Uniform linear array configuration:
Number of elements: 8
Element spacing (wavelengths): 0.5
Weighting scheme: exponential
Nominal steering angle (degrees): -30
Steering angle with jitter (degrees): -28.417
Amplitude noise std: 0.05
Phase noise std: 0.05

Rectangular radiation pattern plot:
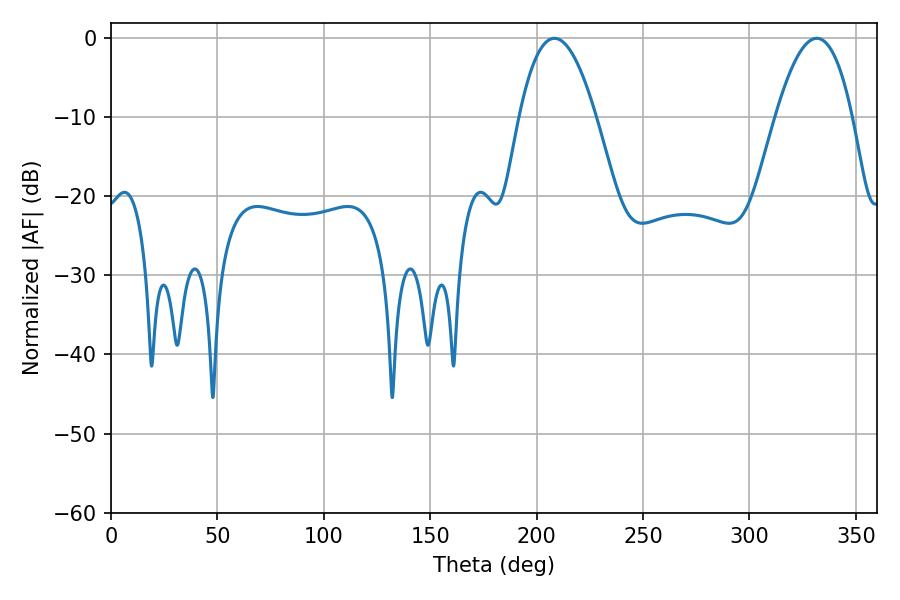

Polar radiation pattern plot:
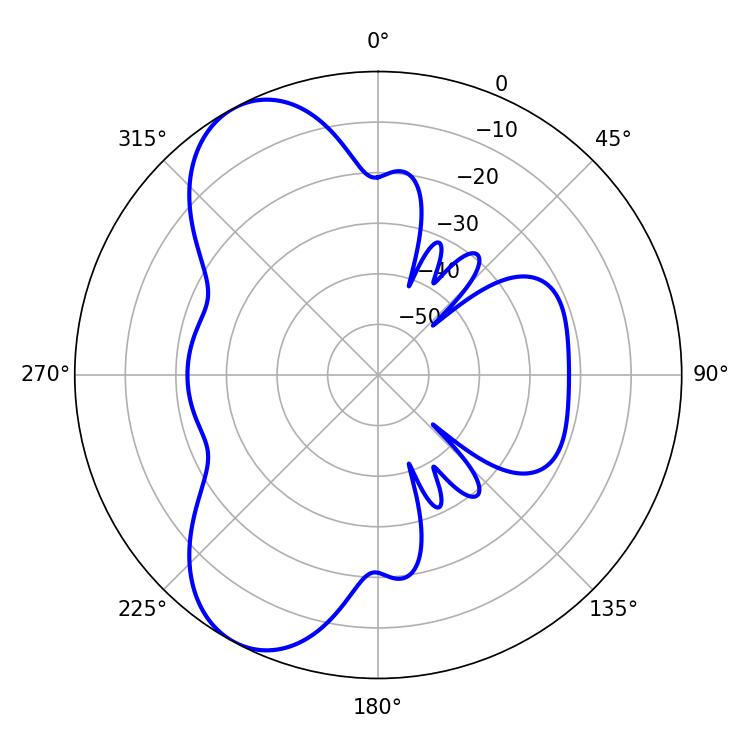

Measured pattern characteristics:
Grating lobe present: FALSE
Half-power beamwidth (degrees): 19.8
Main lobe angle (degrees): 208.44